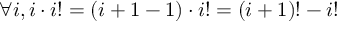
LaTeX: \forall i , i \cdot i ! = ( i + 1 - 1 ) \cdot i ! = ( i + 1 ) ! - i !